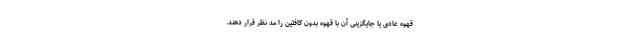
قهوه عادی یا جایگزینی آن با قهوه بدون کافئین را مد نظر قرار دهند.